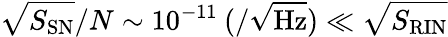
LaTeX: \sqrt{S_{\mathrm{SN}}}/N\sim 10^{-11}\: (\mathrm{/\sqrt{Hz})}\ll\sqrt{S_{\mathrm{RIN}}}